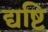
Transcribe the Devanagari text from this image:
द्यष्टि